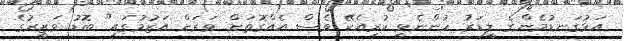
އަޅުގަނޑުމެންގެ ލީޑަރު ހުންނެވީ ކުރިއެކޭ ވެސް އެއްގޮތަށް ވަރަށް އަޒުމުގައި" ބޮޑު ވަޒީރުގެ